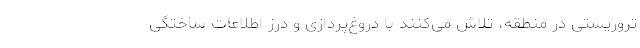
تروریستی در منطقه، تلاش می‌کنند با دروغ‌پردازی و درز اطلاعات ساختگی